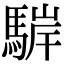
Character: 䮗